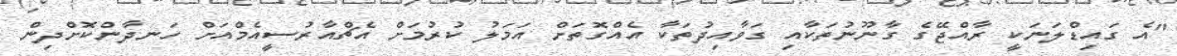
"އެ ގައިޑްލަނަކީ ރާއްޖޭގެ ގާނޫނުތަކާއި ގަވާއިދުތަކާ އެއްގޮތަށް އަމަލު ކުރުމަށް އެޗްއާރުސީއެމްއަށް ހަނދާންކޮށްދިން